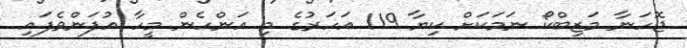
ޖޮހަނާ މަޒިބްކޯ ނަމަކަށް ކިޔާ 119 އަހަރުގެ މި އަންހެން މީހާ އުފަންވެފައި